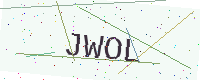
Text: JWOL